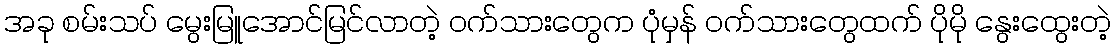
အခု စမ်းသပ် မွေးမြူအောင်မြင်လာတဲ့ ဝက်သားတွေက ပုံမှန် ဝက်သားတွေထက် ပိုမို နွေးထွေးတဲ့